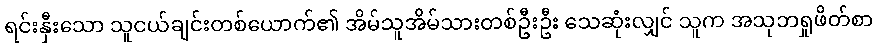
ရင်းနှီးသော သူငယ်ချင်းတစ်ယောက်၏ အိမ်သူအိမ်သားတစ်ဦးဦး သေဆုံးလျှင် သူက အသုဘရှုဖိတ်စာ